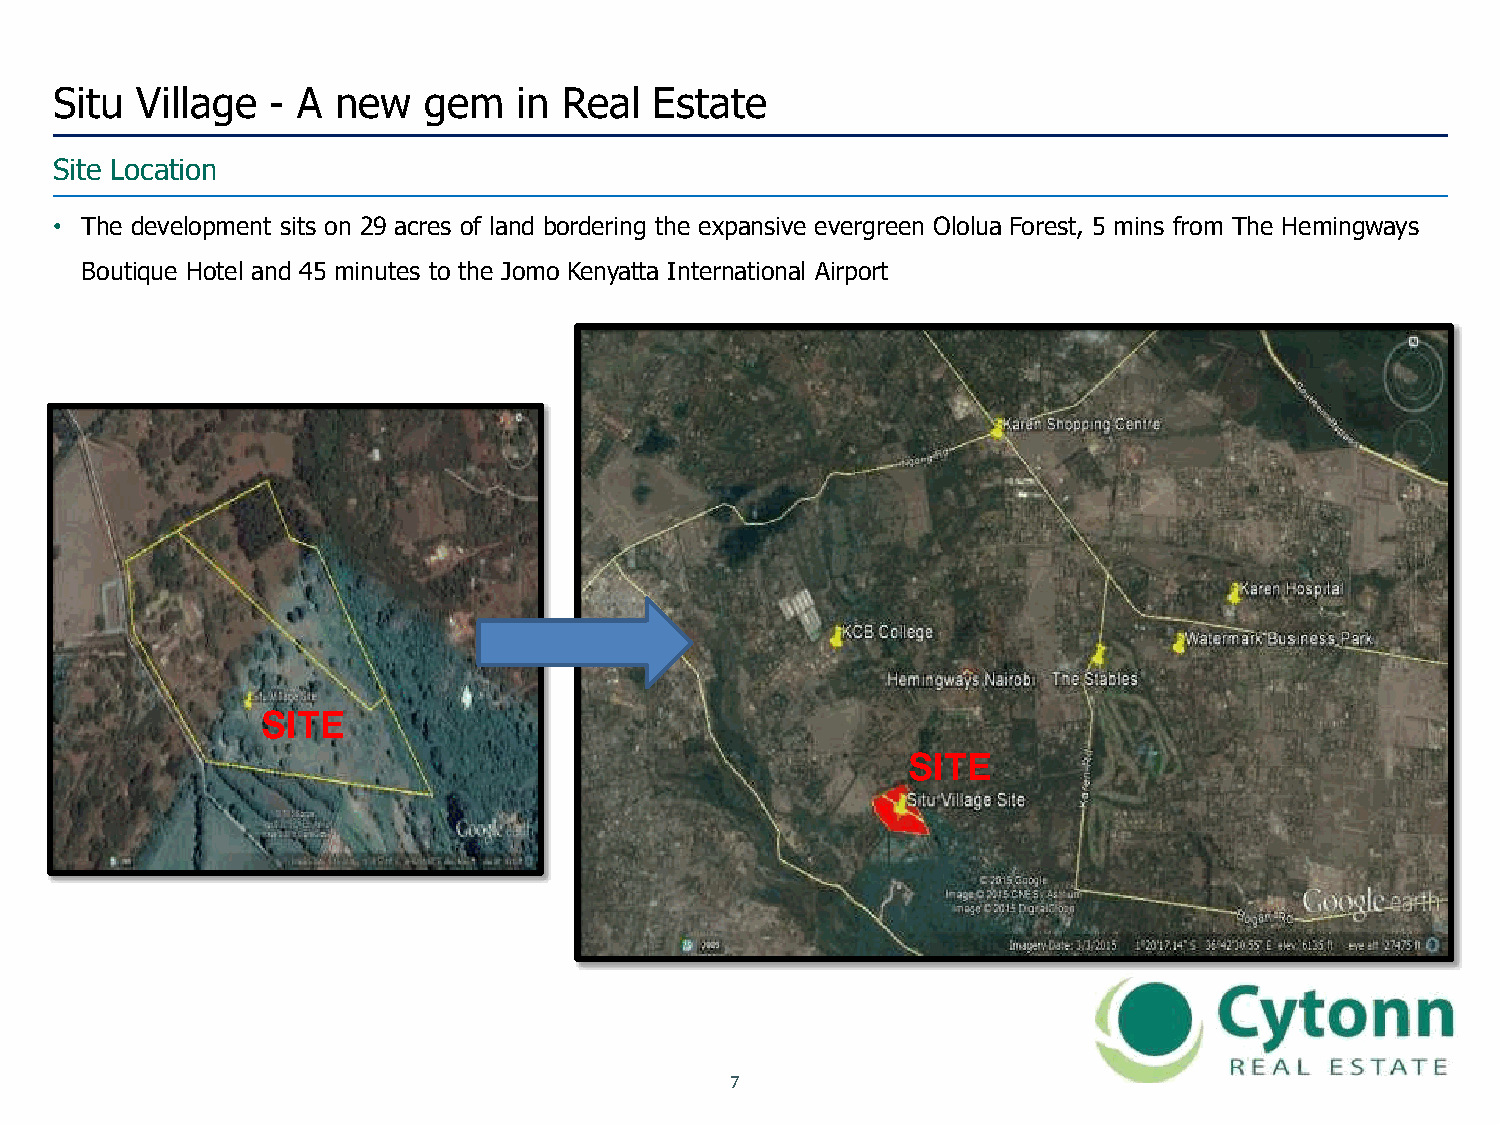
Situ Village  - A new   gem   in Real  Estate
 Site Location
 • The development sits on 29 acres of land bordering the expansive evergreen Ololua Forest, 5 mins from The Hemingways
 Boutique Hotel and 45 minutes to the Jomo Kenyatta International Airport
 SITE
 SITE
 7